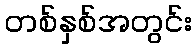
တစ်နှစ်အတွင်း